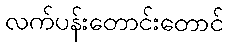
လက်ပန်းတောင်းတောင်